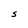
Character: S